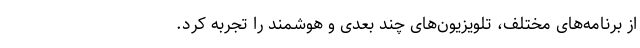
از برنامه‌های مختلف، تلویزیون‌های چند بعدی و هوشمند را تجربه کرد.